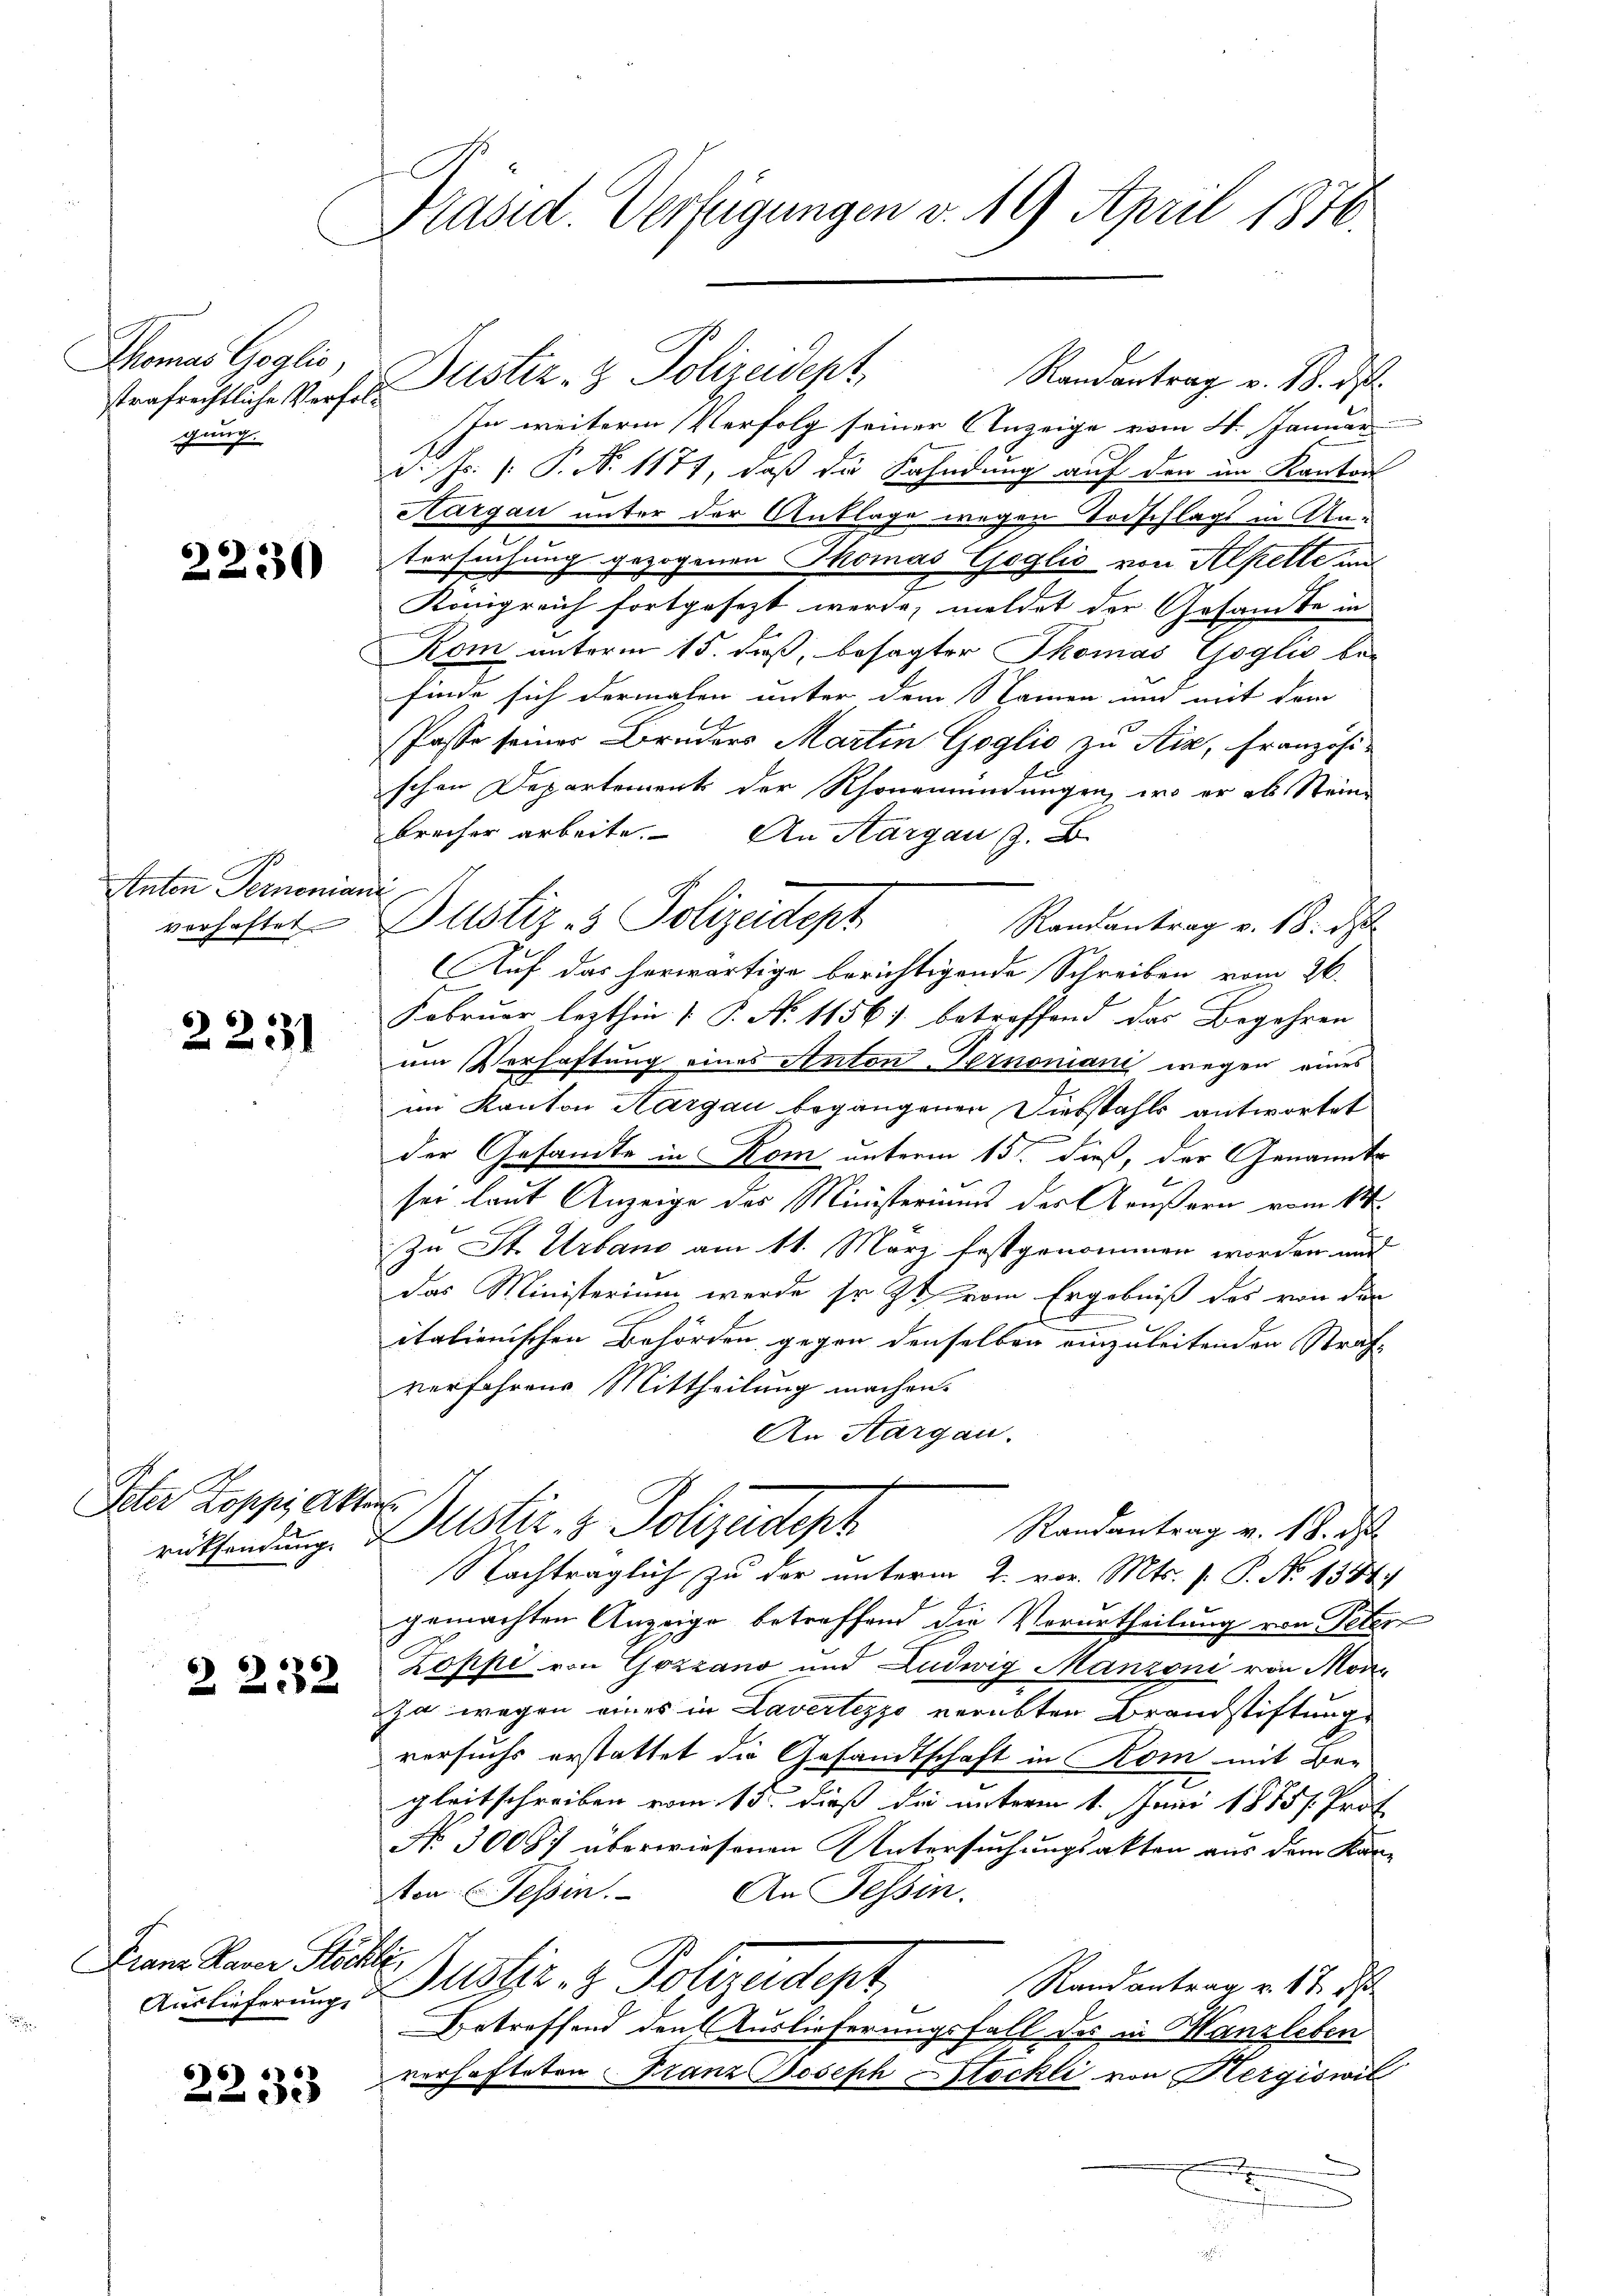
Thomas Goglio,
strafrechtliche Verfr
gung.

2230

Anton Pernonia
verhaftet

2231

Ieter Koppi Akten.

22382

Franz Laner Stöchte
Auslieferung

2233

Präsid Verfügungen v. 19 April 1870

Dustiz- & Polizeident,
In weitere Verfolg seiner Anzeige vom 4. Januar
d. Js. s. P. N. 1171, daß die Kahndung auf den im Kanton
Aargau unter der Anklage wegen Todschlags in Atm
tersuchung gezogenen Thomas Goglio von Alpelte im
.
Königreich fortgesezt werde, meldet der Gesandte in
Kom unterm 15. daß, besagter Thomas Goglio be-
finde sich dermalen unter dem Namen und mit dem
Pässe seiner Bruders Martin Goglio zu Aix, Französi-
schen Departement der Rhonemündungen, wo er als Steine
brecher arbeite. An Aargau s. B.
d
Justiz- & Polizeidept
Randantrag v. 18. d.
Auf das herwärtige berichtigende Schreiben vom 26.
Februar lezthin ( P. N. 1156) betreffend das Begehren
um Verhaftung eines Anton-Sinomani wegen eines
im Kanton Aargau begangenen Diebstahls antwortet
der Gesandte in Rom unterm 15. dieß, der Genannte
1
sei laut Anzeige des Ministeriums des Grußern vom 14.
Zu St. Urbano am 11. März festgenommen worden und
das Ministerium werde sr. Zt. vom Ergebniß des von der
italienischen Behörden gegen denselben einzuleitenden Straf-
verfahrens Mittheilung machen.
An Sargau.
Randantrag v. 18. d
rüksendung. Justiz- & Polizeidept
Nachträglich zu der unterm 2. vor. Mts. f. P. N. 1384)
gemachten Anzeige betreffend die Vorurtheilung von Peten
Zoppi von Gozzano und Ludwig Manzoni von Monja wegen eines in Lavertezzo verübten Brandstiftung
versuchs erstattet die Gesandtschaft in Rom mit Be-
gleitschreiben vom 15. dieß die unterm 1. Juni 1885/. Prof.
No. 30087 überwiesenen Untersuchungsakten aus dem Kan-
ten Tessin. An Tessin.
Justiz- & Polizeidept
Randantrag v. 17. d
.
Betreffend den Auslieferungsfall des in Kanzleben
verhafteten Franz Joseph Stockli von Hergiswil
e

Randantrag v. 18. d.